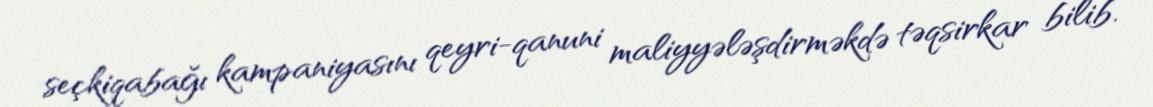
seçkiqabağı kampaniyasını qeyri-qanuni maliyyələşdirməkdə təqsirkar bilib.